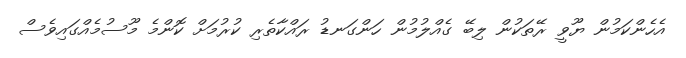
އެހެންކަމުން ޔޫވީ ރޭތަކުން ލިބޭ ގެއްލުމުން ހަންގަނޑު ރައްކާތެރި ކުރުމަށް ކޮންމެ މޫސުމެއްގައިވެސް